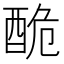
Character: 𨠥